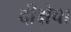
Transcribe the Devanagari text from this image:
दीक्षेचा